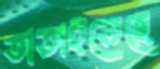
তাতাইতেছে